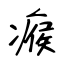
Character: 瘊